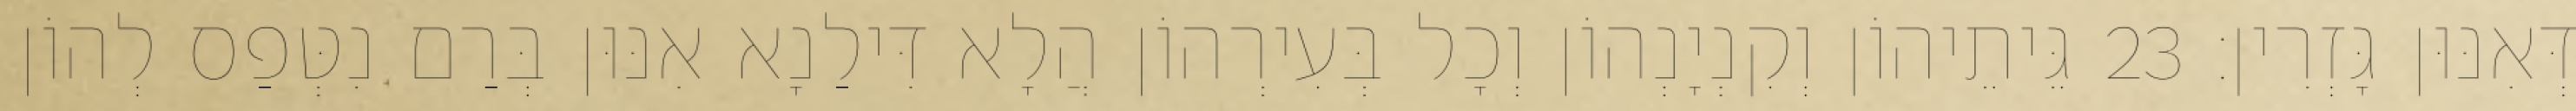
דְּאִנּוּן גָּזְרִין׃ 23 גֵּיתֵיהוֹן וְקִנְיָנְהוֹן וְכָל בְּעִירְהוֹן הֲלָא דִּילַנָא אִנּוּן בְּרַם נִטְּפַס לְהוֹן